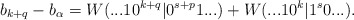
\begin{align*} b_{k+q} - b_\alpha = W(...10^{k+q}|0^{s+p}1...) + W(...10^k |1^s0...).\end{align*}